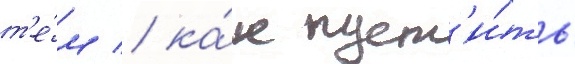
т'е́м / ка́к пуст'и́ть